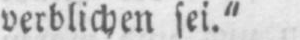
verblichen sei.“